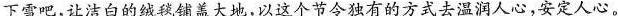
下雪吧，让洁白的绒毯铺盖大地，以这个节令独有的方式去温润人心，安定人心。